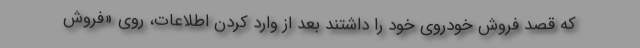
که قصد فروش خودروی خود را داشتند بعد از وارد کردن اطلاعات، روی «فروش